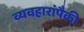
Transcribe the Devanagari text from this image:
व्यवहारांपैकी